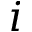
i